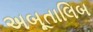
અબૂતાલિબ